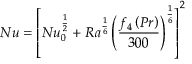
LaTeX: N u = \left[ N u _ { 0 } ^ { \frac { 1 } { 2 } } + R a ^ { \frac { 1 } { 6 } } \left( { \frac { f _ { 4 } \left( P r \right) } { 3 0 0 } } \right) ^ { \frac { 1 } { 6 } } \right] ^ { 2 }